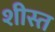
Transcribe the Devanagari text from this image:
शीस्त